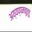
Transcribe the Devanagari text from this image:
अय्यप्पनकूत्तु